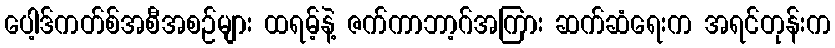
ပေါ့ဒ်ကတ်စ်အစီအစဉ်များ ထရမ့်နဲ့ ဇက်ကာဘာ့ဂ်အကြား ဆက်ဆံရေးက အရင်တုန်းက